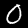
Digit: 0